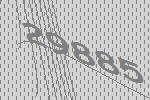
29885